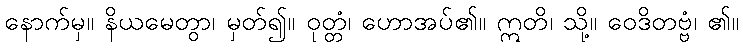
နောက်မှ။ နိယမေတွာ၊ မှတ်၍။ ဝုတ္တံ၊ ဟောအပ်၏။ ဣတိ၊ သို့။ ဝေဒိတဗ္ဗံ၊ ၏။